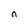
Character: n